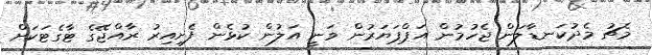
މެޗު މެދުކަނޑާލަން ޖެހުމުން އަޕްޕަޔަރުން ވަނީ އަލުން ކުޅެން ފެށިއިރު ރާއްޖޭގެ ޓާގެޓަކަށް